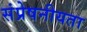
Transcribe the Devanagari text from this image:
संप्रेषनीयता